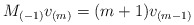
\begin{align*}M_{(-1)}v_{(m)}=(m+1)v_{(m-1)} \end{align*}